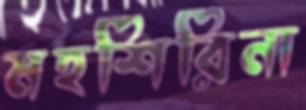
মহশিরিনা